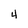
Character: 4